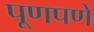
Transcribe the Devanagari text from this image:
पूणपणे